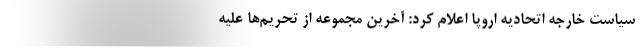
سیاست خارجه اتحادیه اروپا اعلام کرد: آخرین مجموعه از تحریم‌ها علیه